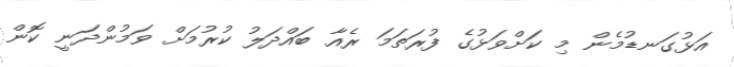
އަޅުގަނޑުމެން މި ކަށްވަޅުގެ ފުރަތަމަ ރެއާ ބައްދަލު ކުރުމަށް ވަމުންދަނީ ކޮން